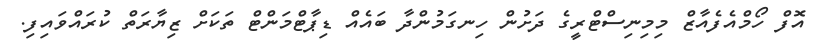
އޮފް ހޯމްއެފެއާޒް މިމިނިސްޓްރީގެ ދަށުން ހިނގަމުންދާ ބައެއް ޑިޕާޓްމަންޓް ތަކަށް ޒިޔާރަތް ކުރައްވައިފި.